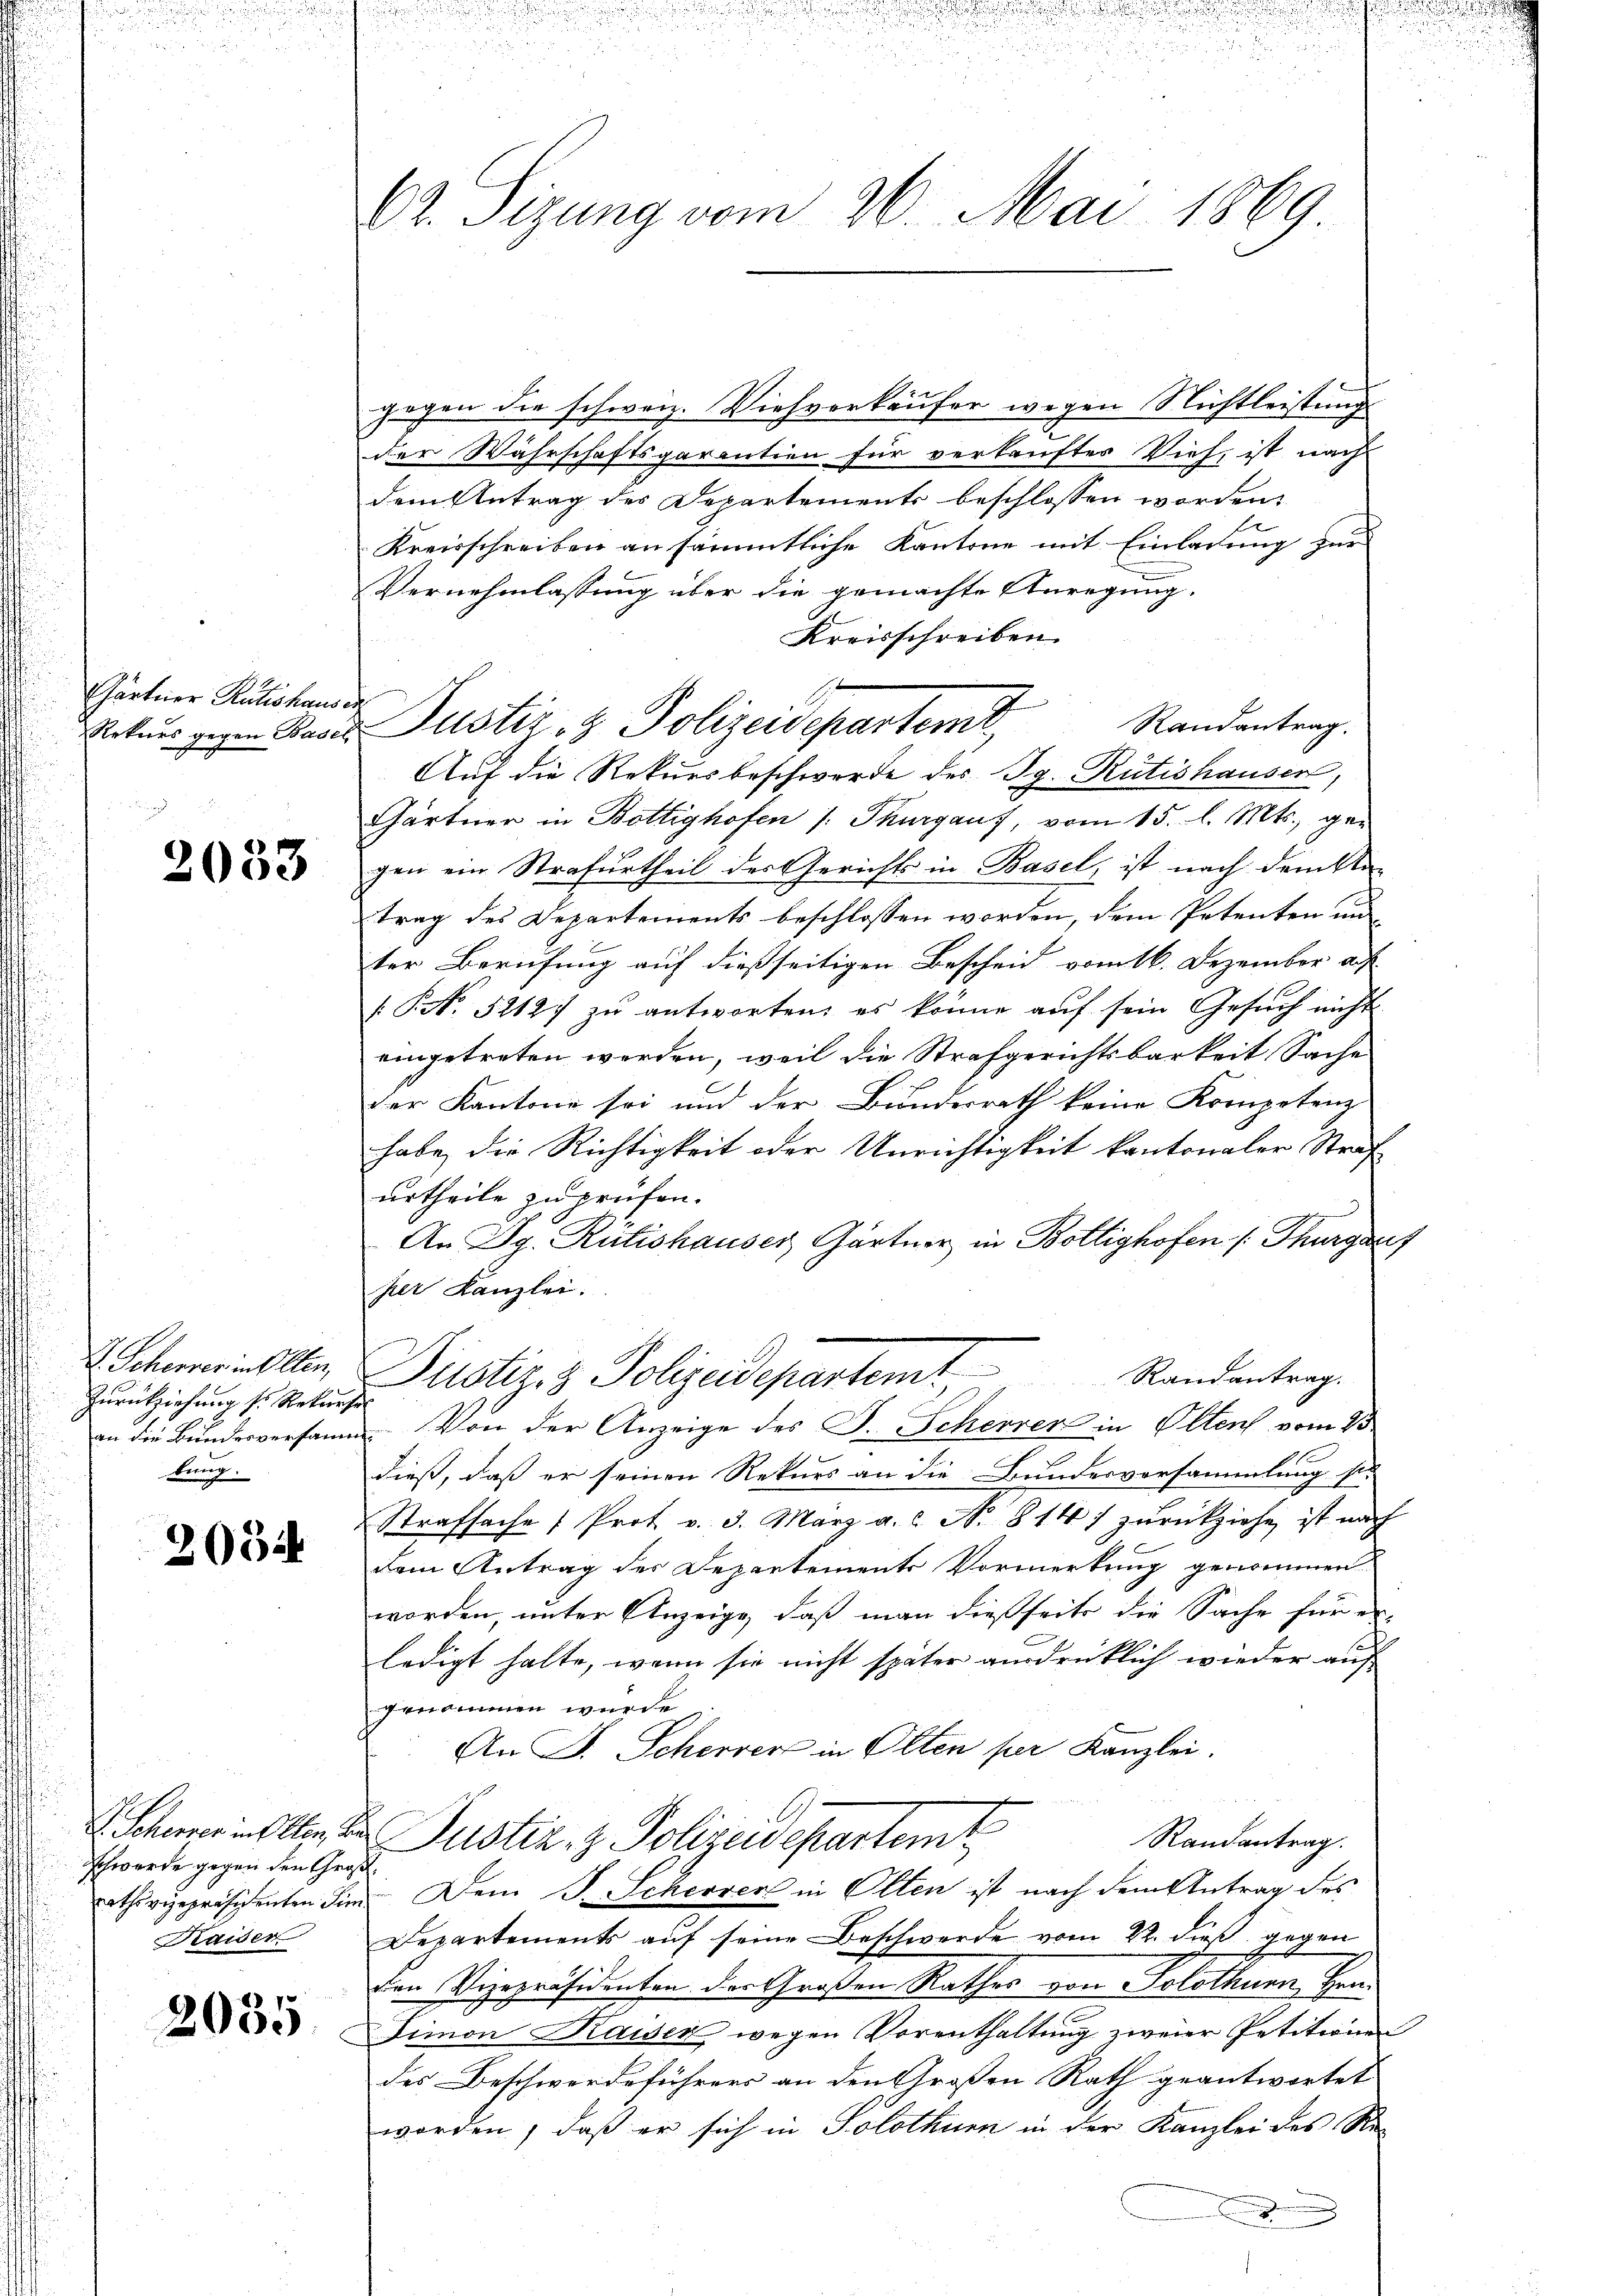
Gärtner Rütishauses
Rekurs gegen Basel

2033

V. Scherer in Olten,
Zurückziehung s. Rekurse
an die Bundesversamm
bung.

205

Schwerde gegen den Großrathsvizepräsidenten Sim
Kaider

2035

Dr. Sizung vom 26. Mai 1869.

gegen die schweiz. Viehverkäufer wegen Nichtleistung
der Wahrschaftsgarantien für verkauftes Vieh, ist nach
dem Antrag des Departements beschlossen worden,
Kreisschreiben an sämmtliche Kantone mit Einladung zur
Vernehmlassung über die gemachte Anregung.
Kreisschreiben.
Justiz- & Polizeidepartem Randantrag.
Auf die Rekursbeschwerde des Ig. Rütishausen,
Gärtner in Bottighofen /: Thurgauf, vom 15. l. Mts. gegen ein Strafurtheil der Gerichts in Basel, ist nach denkli
trag des Departements beschlossen worden, dem Petenten un
ter Berufung auf dießseitigen Bescheid vom 16. Dezember auf
[P No. 52127 zu antworten, es könne auf sein Gesuch nicht
eingetreten werden, weil die Strafgerichtsbarkeit Sache
der Kantone sei und der Bundesrath keine Kompetenz
habe, die Richtigkeit oder Unrichtigkeit kantonaler Straf
urtheile zu prüfen.
An Dr. Rütishauser, Gärtner in Boltighofen /: Thurganz
her Kanzlei.
Justiz- & Polizeidepartem Randentrage
Von der Anzeige des J. Scherer in Oltens vom 15
dieß, daß er seinen Rekurs an die Bundesversammlung si
Strafsache Prot. v. 3. März a.c. N. 814) zŭrückziehe, ist nach
dem Antrag des Departements Vormerkung genommen.
worden, unter Anzeige, daß man dießseits die Sache für er-
ledigt halte, wenn sie nicht später ausdrücklich wieder auf
genommen wurde.
An P. Scherer in Olten per Kanzlei.
 Schwer in Olten, der Justiz & Polizeidepartemt
Randantrag.
Dem J. Scherer in Olten ist nach dem Antrag des
Departements auf seine Beschwerde vom 22. dieß gegen
den Vizepräsidenten des Großen Rathes von Solothurn, Hrn.
Fimon Kaiser, wegen Vorenthaltung zweier Petitionen
des Beschwerdeführers an den Großen Rath geantwortet
worden, daß er sich in Solothurn in der Kanzlei des Re-
J
n

u